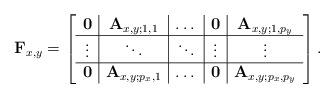
LaTeX: \begin{align*}\bold{F}_{x,y}=\left[\begin{array}{c|c|c|c|c}\bold{0} & \bold{A}_{x,y;1,1} & \dots &\bold{0} & \bold{A}_{x,y;1,p_y}\\\hline\vdots & \ddots & \ddots & \vdots & \vdots\\\hline\bold{0} & \bold{A}_{x,y;p_x,1} & \dots &\bold{0} & \bold{A}_{x,y;p_x,p_y}\\\end{array}\right].\end{align*}